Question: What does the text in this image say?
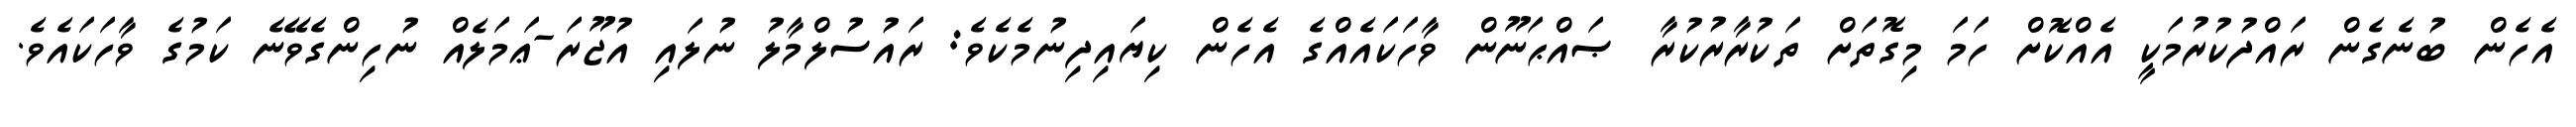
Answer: އެހެން ބުނެގެން ރައްދުކުރުމަކީ އެއްކޮށް ހަމަ މިގޮތަށް ތަކުރާރުކުރާ ޞައްޙަނޫން ވާހަކައެއްގެ އެހެން ކިޔައިދިނުމެކެވެ: ރައުސުލްމާލު ނުލައި އުޖޫރަ-ޢަމަލެއް ނުހިންގެވޭނެ ކަމުގެ ވާހަކައެވެ.